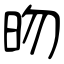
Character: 昒